Civil Veterinary Department. Madras. Admin. report 1926-33 - 1926-1933
Year: 1926
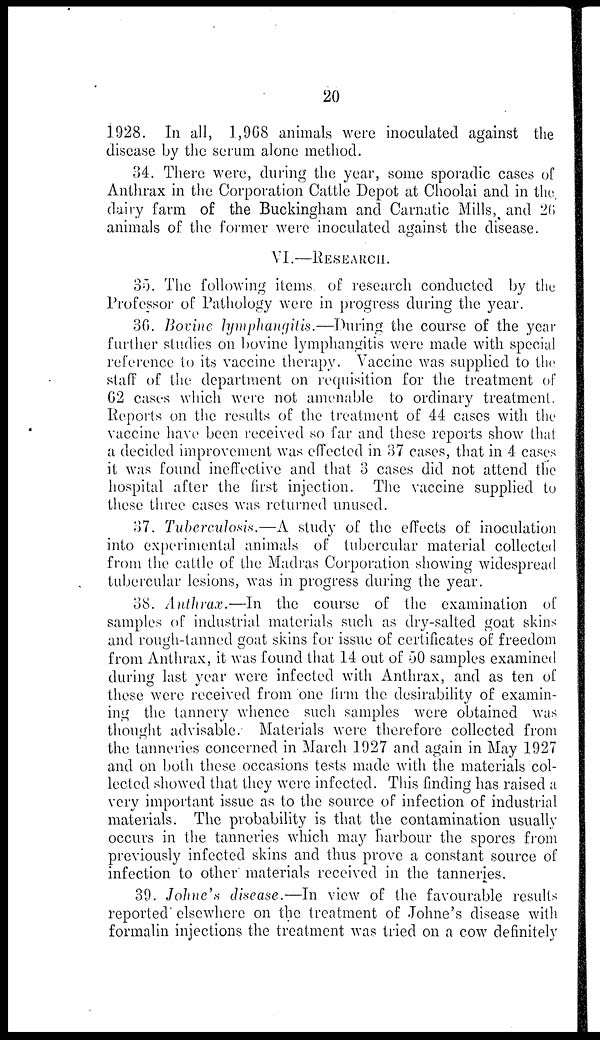
20
1928. In all, 1,968 animals were inoculated against the
disease by the serum alone method.
34. There were, during the year, some sporadic cases of
Anthrax in the Corporation Cattle Depot at Choolai and in the
dairy farm of the Buckingham and Carnatic Mills, and 26
animals of the former were inoculated against the disease.
VI.—RESEARCH.
35. The following items of research conducted by the
Professor of Pathology were in progress during the year.
36. Bovine lymphangitis.—During the course of the year
further studies on bovine lymphangitis were made with special
reference to its vaccine therapy. Vaccine was supplied to the
staff of the department on requisition for the treatment of
G2 cases which were not amenable to ordinary treatment.
Reports on the results of the treatment of 44 cases with the
vaccine have been received so far and these reports show that
a decided improvement was effected in 37 cases, that in 4 cases
it was found ineffective and that 3 cases did not attend the
hospital after the first injection. The vaccine supplied to
these three cases was returned unused.
37. Tuberculosis.—A study of the effects of inoculation
into experimental animals of tubercular material collected
from the cattle of the Madras Corporation showing widespread
tubercular lesions, was in progress during the year.
38. Anthrax.—In the course of the examination of
samples of industrial materials such as dry-salted goat skins
and rough-tanned goat skins for issue of certificates of freedom
from Anthrax, it was found that 14 out of 50 samples examined
during last year were infected with Anthrax, and as ten of
these were received from one firm the desirability of examin-
ing the tannery whence such samples were obtained was
thought advisable. Materials were therefore collected from
the tanneries concerned in March 1927 and again in May 1927
and on both these occasions tests made with the materials col-
lected showed that they were infected. This finding has raised a
very important issue as to the source of infection of industrial
materials. The probability is that the contamination usually
occurs in the tanneries which may harbour the spores from
previously infected skins and thus prove a constant source of
infection to other materials received in the tanneries.
39. Johne's disease.—In view of the favourable results
reported elsewhere on the treatment of Johne's disease with
formalin injections the treatment was tried on a cow definitely